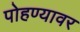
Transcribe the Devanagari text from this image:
पोहण्यावर